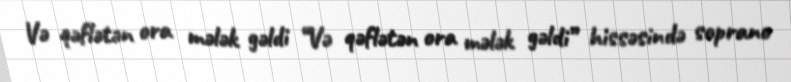
Və qəflətən ora mələk gəldi “Və qəflətən ora mələk gəldi” hissəsində soprano